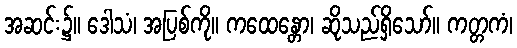
အဆင်း၌။ ဒေါသံ၊ အပြစ်ကို။ ကထေန္တော၊ ဆိုသည်ရှိသော်။ ကတ္တကံ၊